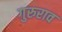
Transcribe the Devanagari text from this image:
गुरुराव